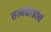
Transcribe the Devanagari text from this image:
तत्वद्यान्नांचं